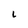
Character: L